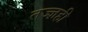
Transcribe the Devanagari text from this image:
तज्ज्ञही